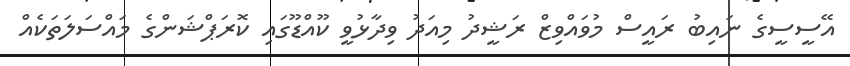
އޭސީސީގެ ނައިބު ރައީސް މުވައްވިޒް ރަޝީދު މިއަދު ވިދާޅުވީ ކޫއްޑޫގައި ކޮރަޕްޝަންގެ މައްސަލަތަކެއް